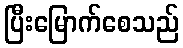
ပြီးမြောက်စေသည်